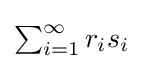
{\textstyle \sum _{i=1}^{\infty }r_{i}s_{i}}